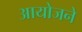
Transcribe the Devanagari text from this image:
आयोजने